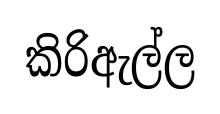
කිරිඇල්ල